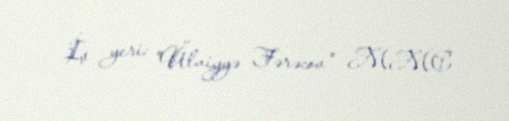
İş yeri: "Ülviyyə Fərəcov" MMC